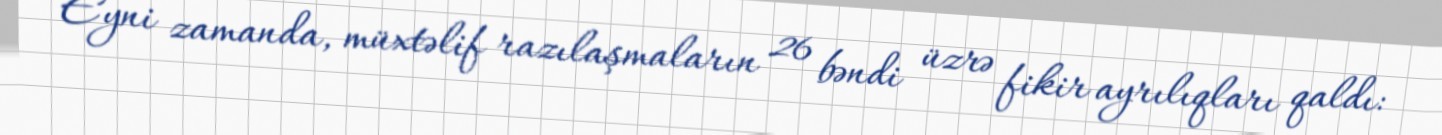
Eyni zamanda, müxtəlif razılaşmaların 26 bəndi üzrə fikir ayrılıqları qaldı: